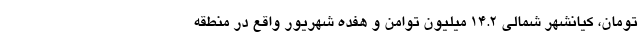
تومان، کیانشهر شمالی ۱۴.۲ میلیون توامن و هفده شهریور واقع در منطقه